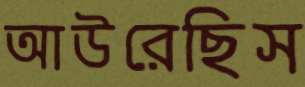
আউরেছিস